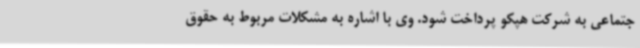
جتماعی به شرکت هپکو پرداخت شود. وی با اشاره به مشکلات مربوط به حقوق